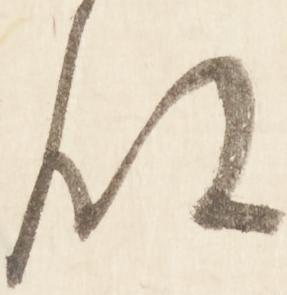
殿